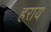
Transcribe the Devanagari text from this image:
हराय